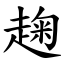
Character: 趜